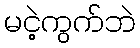
မငဲ့ကွက်ဘဲ